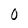
Character: 0